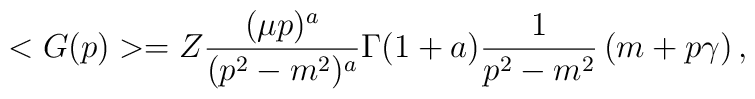
<G(p)> = Z \frac{(\mu p)^a}{(p^2-m^2)^a} \Gamma(1+a) \frac{1}{p^2-m^2}\left( m + p\gamma \right),